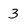
Character: 3